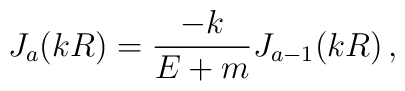
J_{a}(k R) = \frac{-k}{E+m} J_{a-1}(k R)\,,